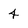
Character: 4